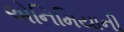
એનિમિયાની